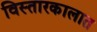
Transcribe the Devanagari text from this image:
विस्तारकालात